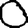
Digit: 0